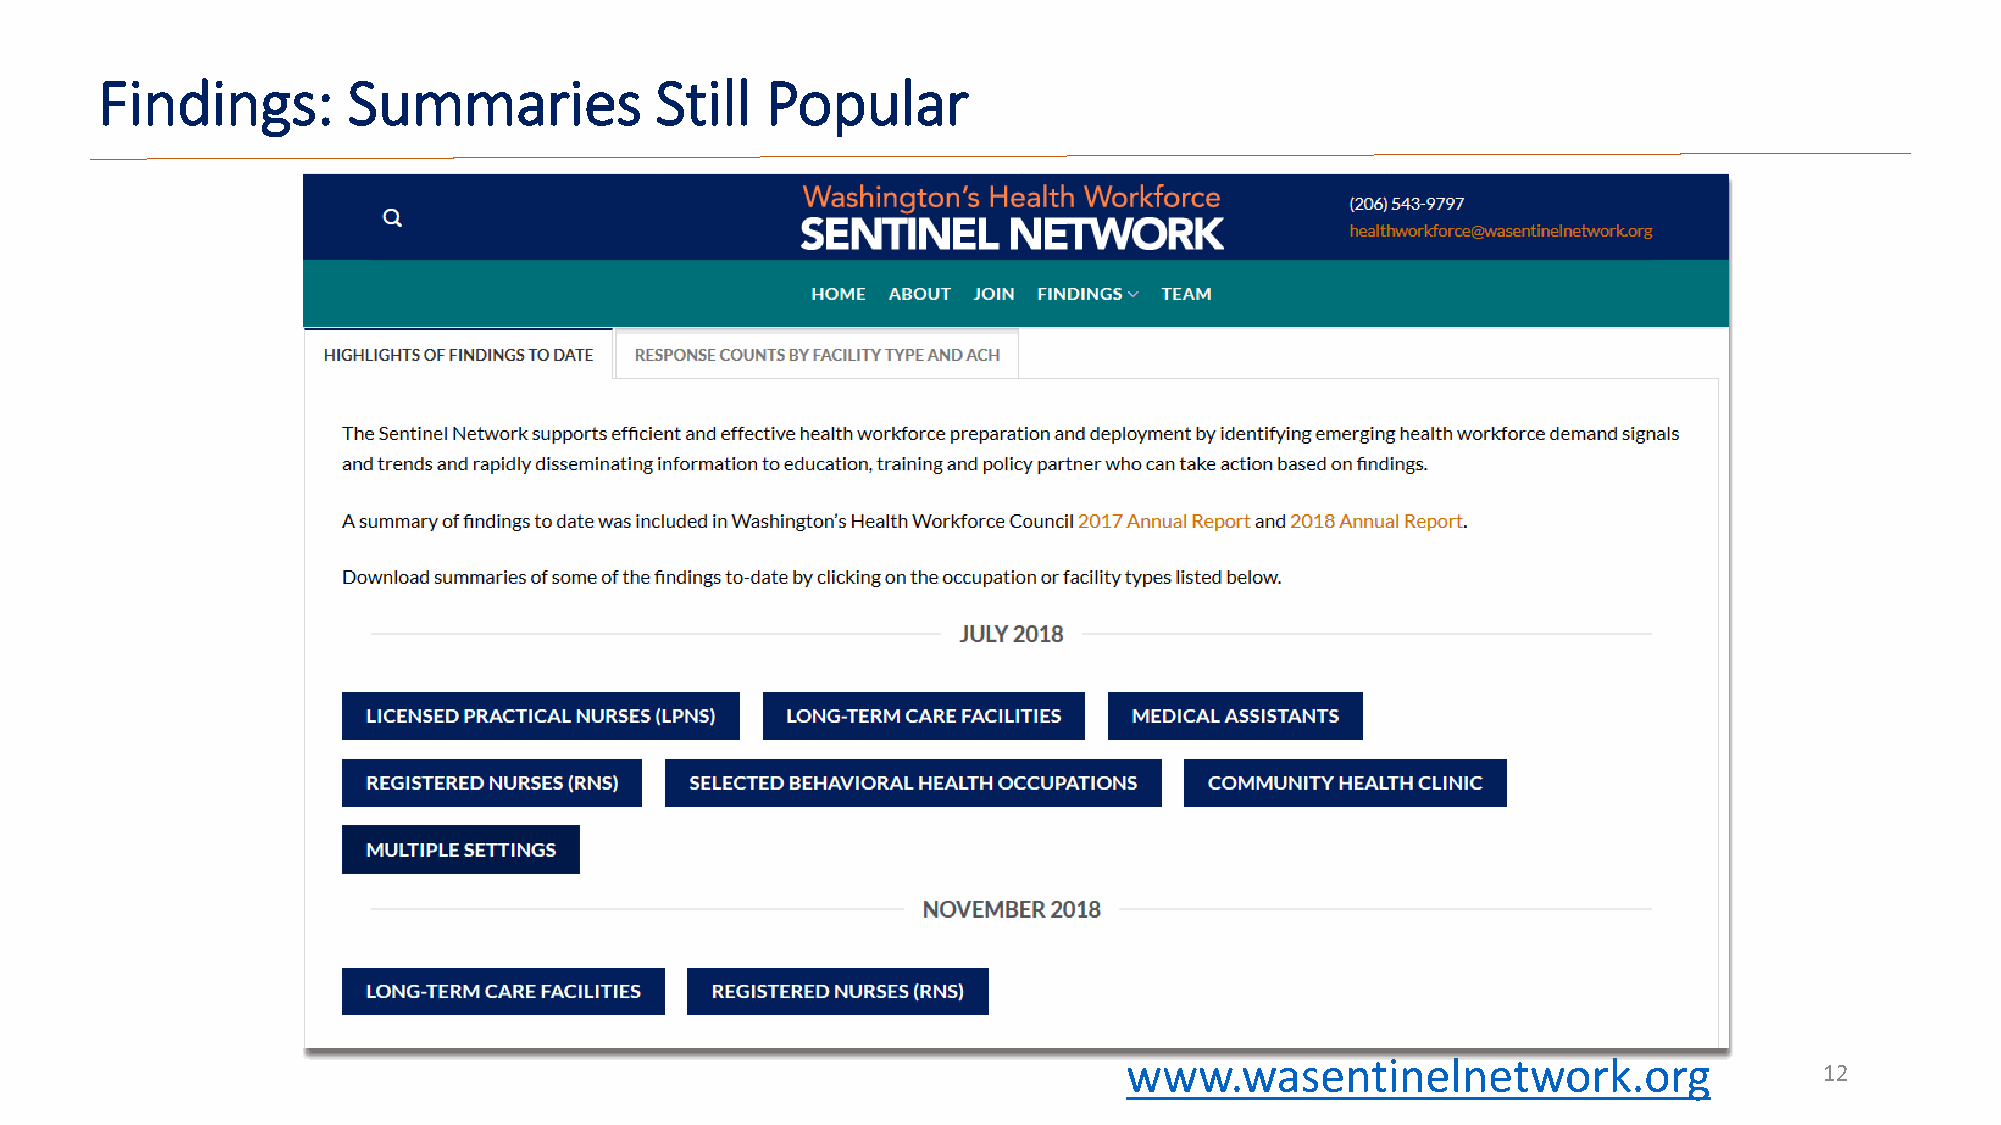
Findings:        Summaries           Still   Popular
 www.wasentinelnetwork.org
 12